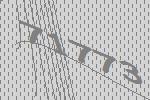
71773